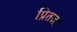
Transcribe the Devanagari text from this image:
प्रितज्ञा